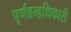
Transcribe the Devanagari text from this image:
पूर्णब्रम्हधिकारी